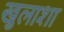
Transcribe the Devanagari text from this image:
खुलाशा